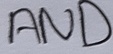
Text: AND